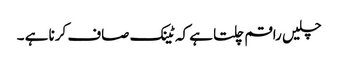
چلیں راقم چلتا ہے کہ ٹینک صاف کرنا ہے ۔